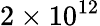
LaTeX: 2\times 10^{12}